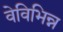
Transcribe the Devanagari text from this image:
वेविभिन्न